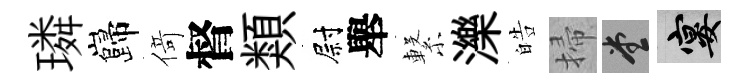
璘巋𠋣督類尉舉繋濼皓掃堂宴